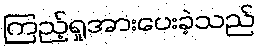
ကြည့်ရှုအားပေးခဲ့သည်